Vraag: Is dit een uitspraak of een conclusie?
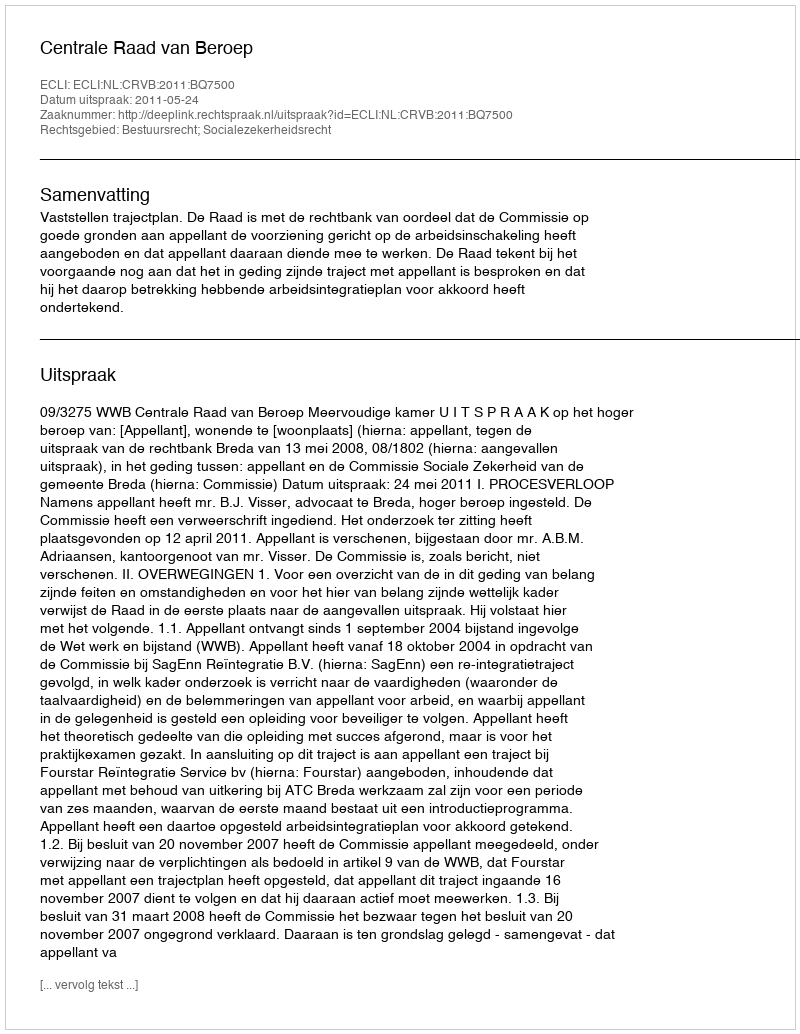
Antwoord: Uitspraak